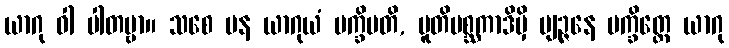
ယာဂု ဝါ ပါတဗ္ဗာ။ သစေ ပန ယာဂုယံ ပက္ခိပတိ, ပူတိမစ္ဆကာဒိမှိ ဗျဉ္ဇနေ ပက္ခိတ္တေ ယာဂု